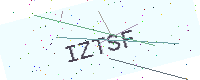
Text: IZTSF